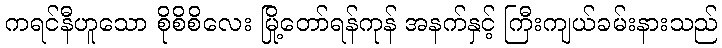
ကရင်နီဟူသော စိုစိစိလေး မြို့တော်ရန်ကုန် အနက်နှင့် ကြီးကျယ်ခမ်းနားသည်